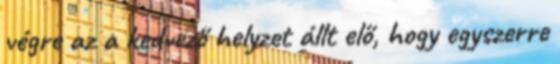
végre az a kedvező helyzet állt elő, hogy egyszerre